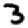
Digit: 3